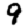
Digit: 9